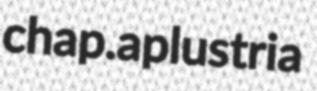
chap. aplustria